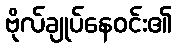
ဗိုလ်ချုပ်နေဝင်း၏